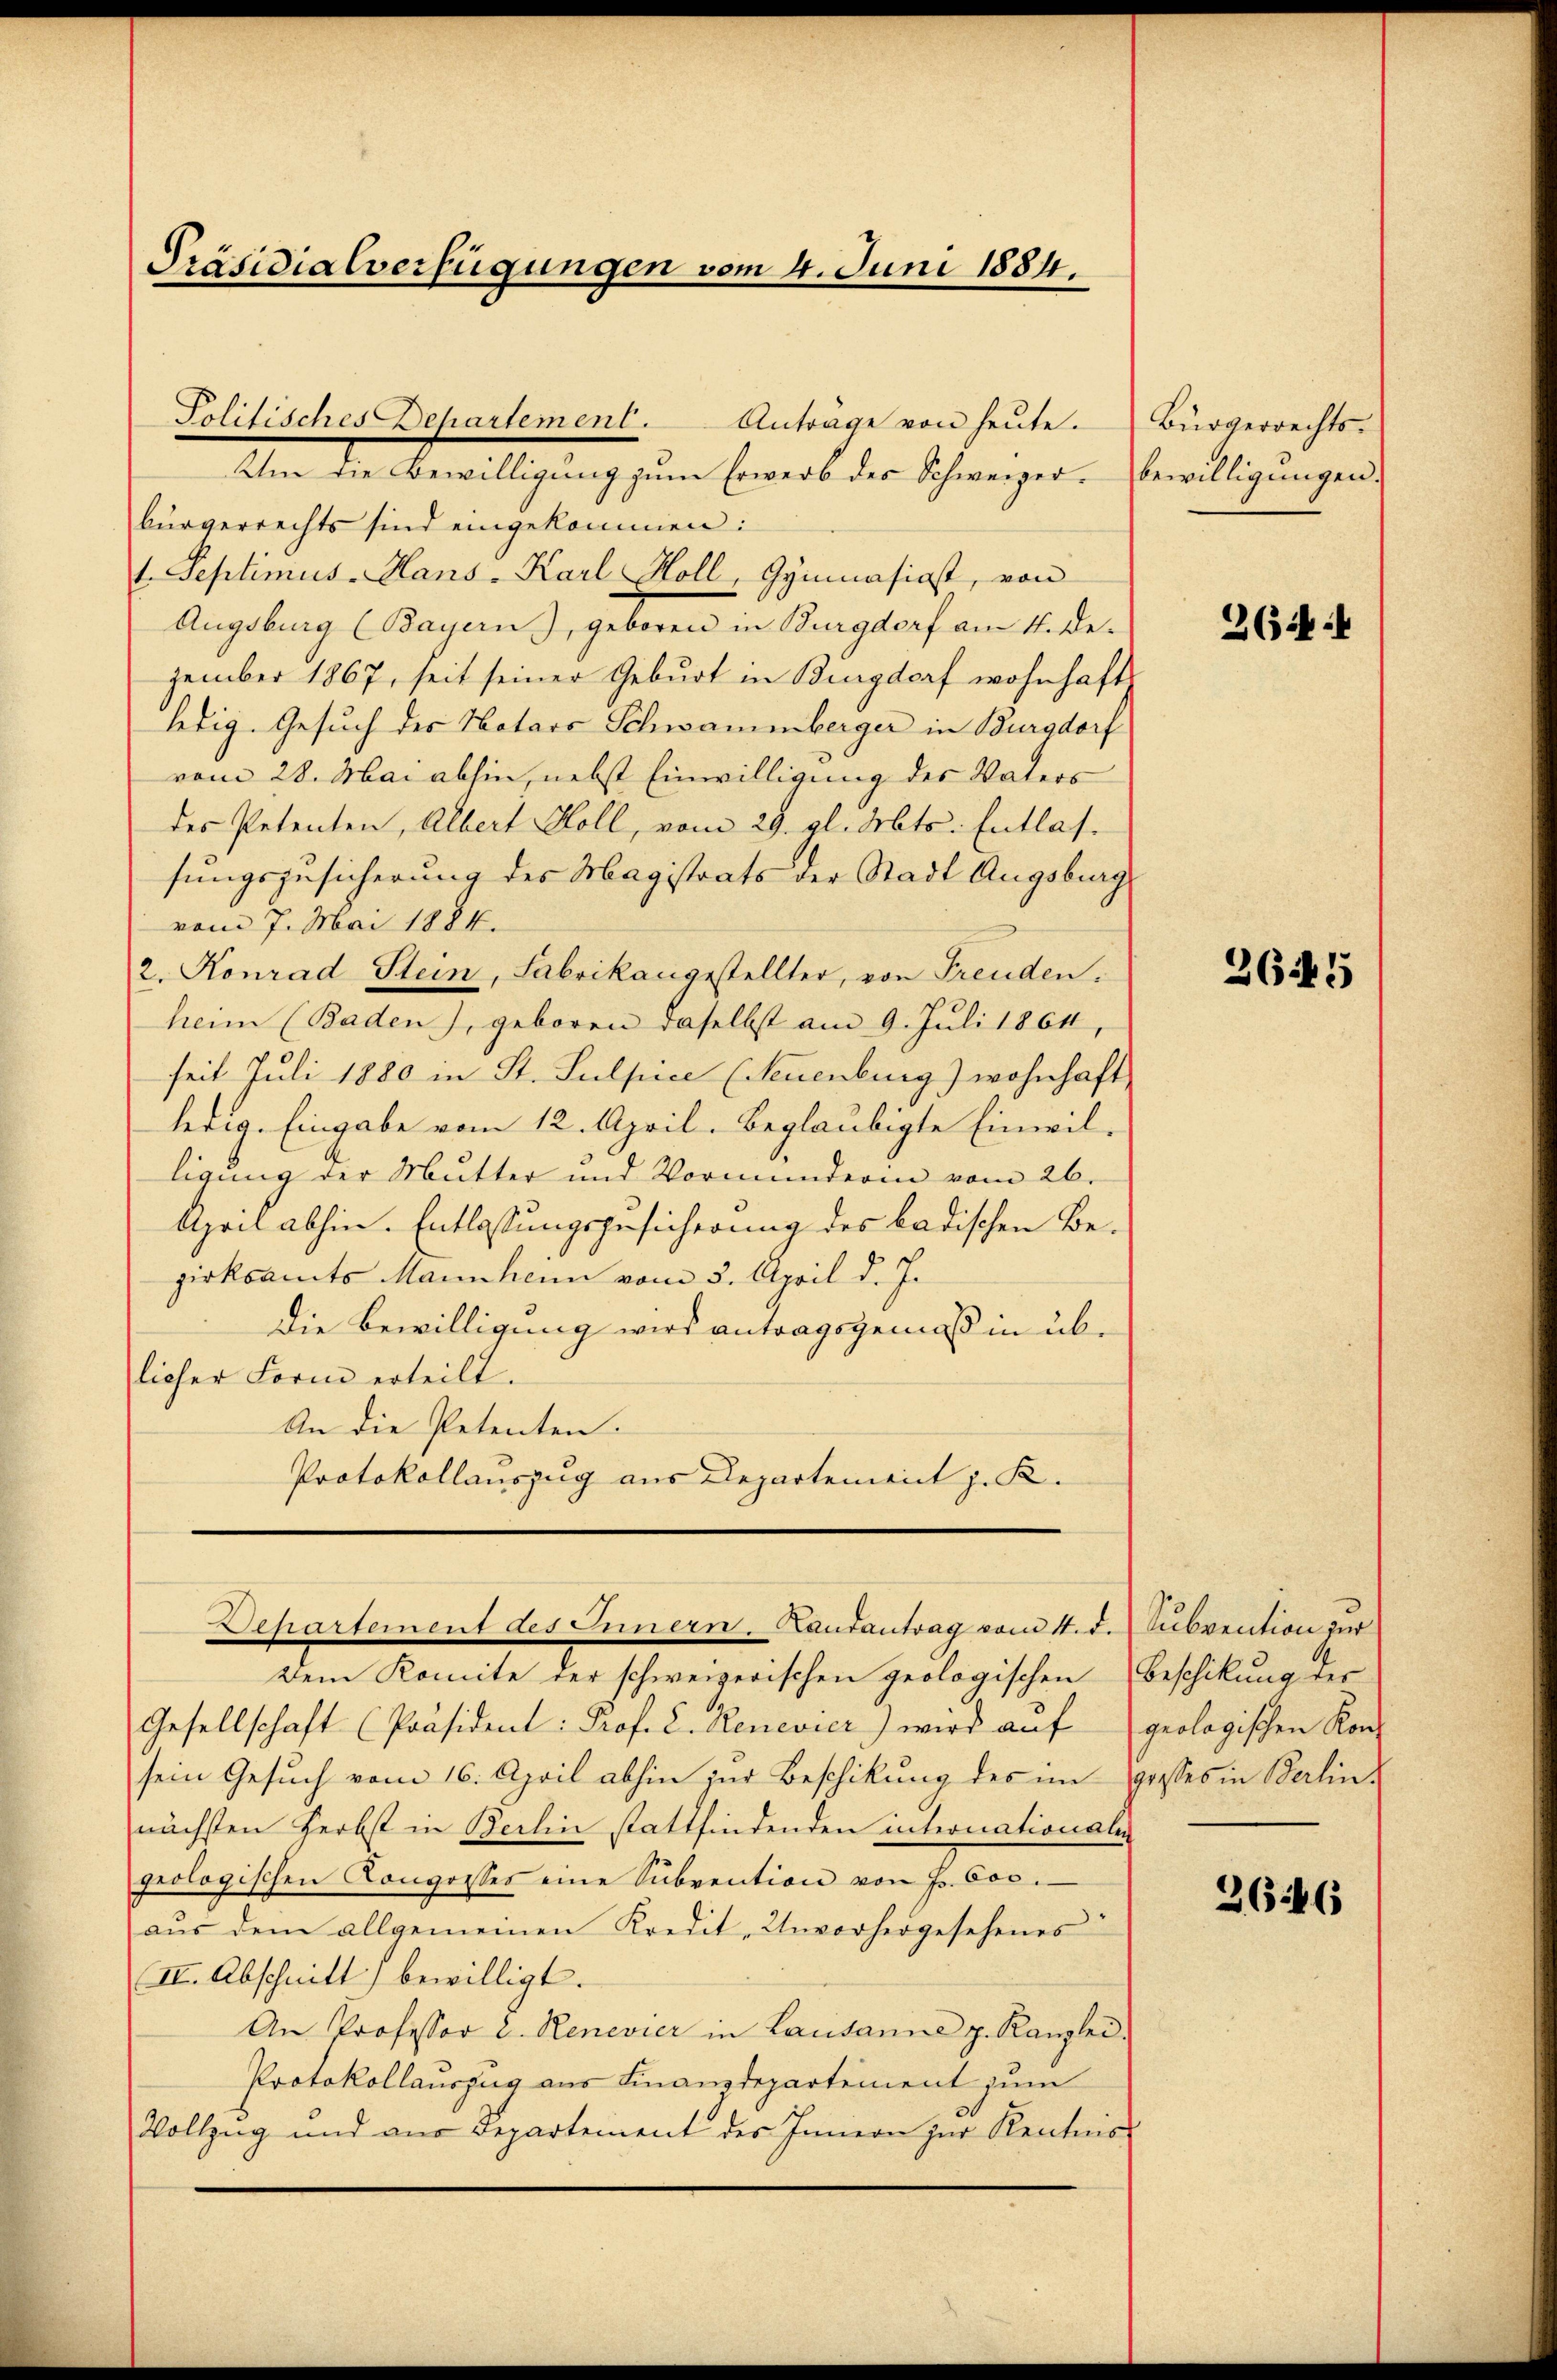
Präsidialverfügungen vom 4. Juni 1884.

Politisches Departement.
Anträge von heute.

Um die Bewilligŭng zŭm Erwerb des Schweizer. Bewilligungen.
bürgerrechts sind eingekommen:
1. Septimus-Hans-Karl Holl, Gymnasiast, von
Augsburg (Bayern), geboren in Burgdorf am 4. Dezember 1867, seit seiner Geburt in Burgdorf wohnhaft
ledig. Gesuch des Notaro Schwammberger in Burgdorf
vom 28. Mai abhin, nebst Einwilligung des Vaters
des Petenten, Albert Holl, vom 29. gl. Mts. Entlassungszusicherung des Magistrats der Stadt Augsburg
vom 7. Mai 1884.
2. Konrad Stein, Fabrikangestellter, von Freuden.
heim (Baden), geboren daselbst am 9. Juli 1864
seit Juli 1880 in St. Sulpice (Neuenburg) wohnhaft
ledig. Eingabe vom 12. April. Beglaubigte Einwilligung der Mutter und Vormunderin vom 26.
April abhin. Entlassungsgesicherung des badischen Bezirksamts Mannhenn vom 3. April d. J.
Die Bewilligung wird antragsgemäß in üblicher Form erteilt.
An die Petenten.
Protokollauszug aus Departement J. K.
Departement des Innern. Landantrag vom 4. d. Subvention zur
Dem Komite der schweizerischen geologischen Beschikung des
Gesellschaft (Präsident: Prof. C. Renevier) wird auf
sein Gesuch vom 16. April abhin zur Beschikung des im grosses in Berlinnächsten Herbst in Berlin stattfindenden intionationalen
geologischen Congresses eine Subvention von Hr. Cos-
aus dem allgemeinen Kredit- Unvorhergesehenes
II. Abschnitt bewilligt.
An Professor D. Renevier in Lausanne z. Kanzlei-
Protokollauszug aus Finanzdepartement zum
Vollzug und aus Departement des Innern zur Kentnis-

Bürgerrechts.

2644

2645

geologischen Kon¬

366